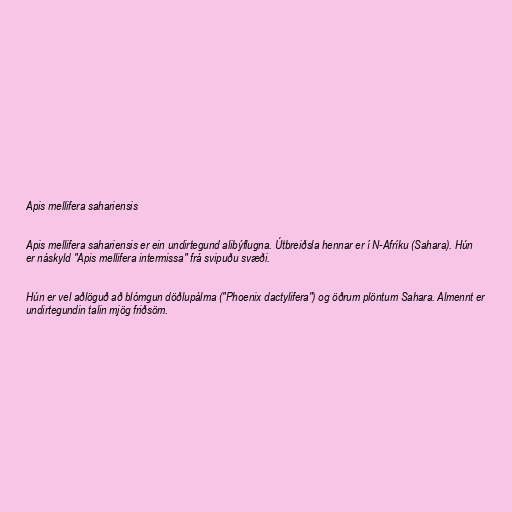
Apis mellifera sahariensis

Apis mellifera sahariensis er ein undirtegund alibýflugna. Útbreiðsla hennar er í N-Afríku (Sahara). Hún
er náskyld "Apis mellifera intermissa" frá svipuðu svæði.

Hún er vel aðlöguð að blómgun döðlupálma ("Phoenix dactylifera") og öðrum plöntum Sahara. Almennt er
undirtegundin talin mjög friðsöm.